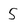
Character: 5